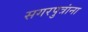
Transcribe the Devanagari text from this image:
सगरपुत्रांना